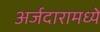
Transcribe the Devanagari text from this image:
अर्जदारामध्ये